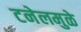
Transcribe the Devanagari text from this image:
टनेलमुळे